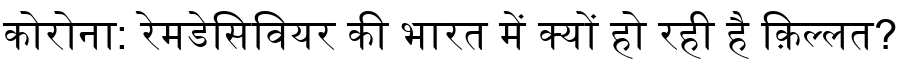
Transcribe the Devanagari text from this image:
कोरोना: रेमडेसिवियर की भारत में क्यों हो रही है क़िल्लत?